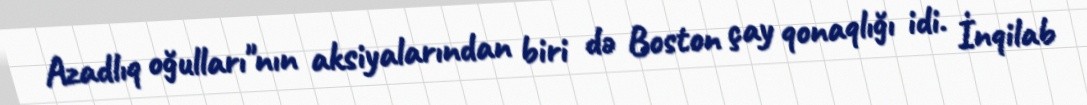
Azadlıq oğulları"nın aksiyalarından biri də Boston çay qonaqlığı idi. İnqilab